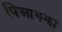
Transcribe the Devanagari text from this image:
पिआझ्झा